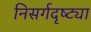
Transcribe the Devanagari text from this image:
निसर्गदृष्ट्या